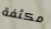
مكثفة